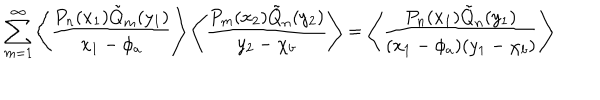
LaTeX: \sum _ { m = 1 } ^ { \infty } \left\langle \frac { P _ { n } ( x _ { 1 } ) \tilde { Q } _ { m } ( y _ { 1 } ) } { x _ { 1 } - \phi _ { a } } \right\rangle \left\langle \frac { P _ { m } ( x _ { 2 } ) \tilde { Q } _ { n } ( y _ { 2 } ) } { y _ { 2 } - \chi _ { b } } \right\rangle = \left\langle \frac { P _ { n } ( x _ { 1 } ) \tilde { Q } _ { n } ( y _ { 1 } ) } { ( x _ { 1 } - \phi _ { a } ) ( y _ { 1 } - \chi _ { b } ) } \right\rangle